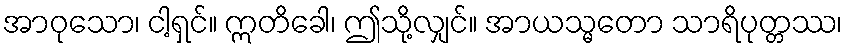
အာဝုသော၊ ငါ့ရှင်။ ဣတိခေါ၊ ဤသို့လျှင်။ အာယသ္မတော သာရိပုတ္တဿ၊